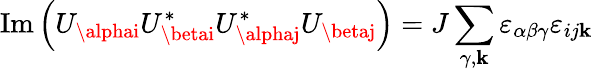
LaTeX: \operatorname{Im}\left(U_{\alphai}U_{\betai}^{*}U_{\alphaj}^{*}U_{\betaj}\right)=J\sum_{\gamma,\mathbf{k}}\varepsilon_{\alpha\beta\gamma}\varepsilon_{ij\mathbf{k}}